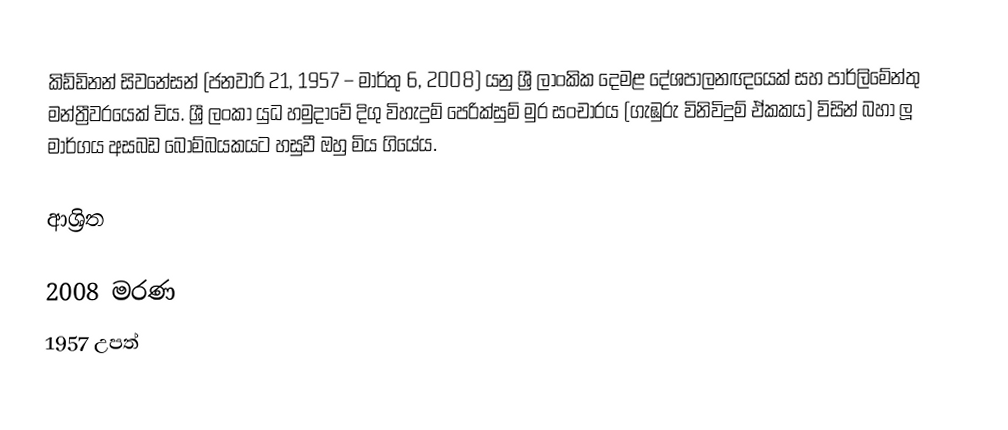
කිඩ්ඩිනන් සිවනේසන් (ජනවාරි 21, 1957 – මාර්තු 6, 2008) යනු  ශ්‍රී ලාංකික දෙමළ දේශපාලනඥයෙක් සහ පාර්ලිමේන්තු මන්ත්‍රීවරයෙක් විය. ශ්‍රී ලංකා යුධ හමුදාවේ   දිගු විහැදුම් පෙරික්සුම් මුර සංචාරය (ගැඹුරු විනිවිදුම් ඒකකය) විසින් බහා ලූ මාර්ගය අසබඩ බෝම්බයකයට හසුවී ඔහු මිය ගියේය.

ආශ්‍රිත

2008 මරණ
1957 උපත්